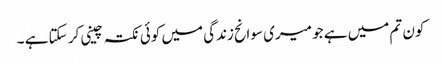
کون تم میں ہے جو میری سوانح زندگی میں کوئی نکتہ چینی کر سکتا ہے ۔